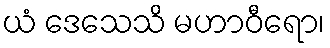
ယံ ဒေသေသိ မဟာဝီရော၊